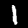
Digit: 1